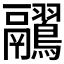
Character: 𪈊